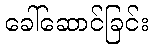
ခေါ်ဆောင်ခြင်း